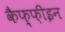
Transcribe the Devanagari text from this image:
कैफ़्फ़ीइन